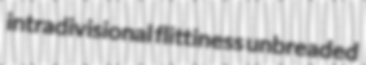
intradivisional flittiness unbreaded